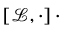
\left[ \mathscr { L } , \cdot \right] \cdot